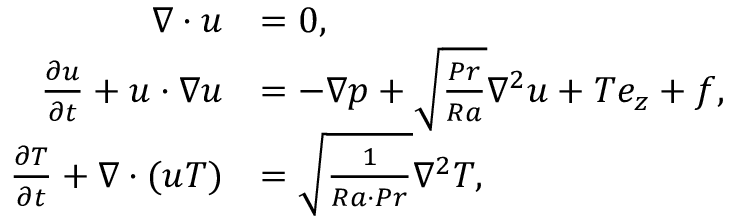
\begin{array} { r l } { \boldsymbol { \nabla } \cdot \boldsymbol { u } } & { = 0 , } \\ { \frac { \partial \boldsymbol { u } } { \partial t } + \boldsymbol { u } \cdot \boldsymbol { \nabla u } } & { = - \boldsymbol { \nabla } p + \sqrt { \frac { P r } { R a } } \nabla ^ { 2 } \boldsymbol { u } + T \boldsymbol { e _ { z } } + \boldsymbol { f } , } \\ { \frac { \partial T } { \partial t } + \boldsymbol { \nabla } \cdot ( \boldsymbol { u } T ) } & { = \sqrt { \frac { 1 } { R a \cdot P r } } \nabla ^ { 2 } T , } \end{array}